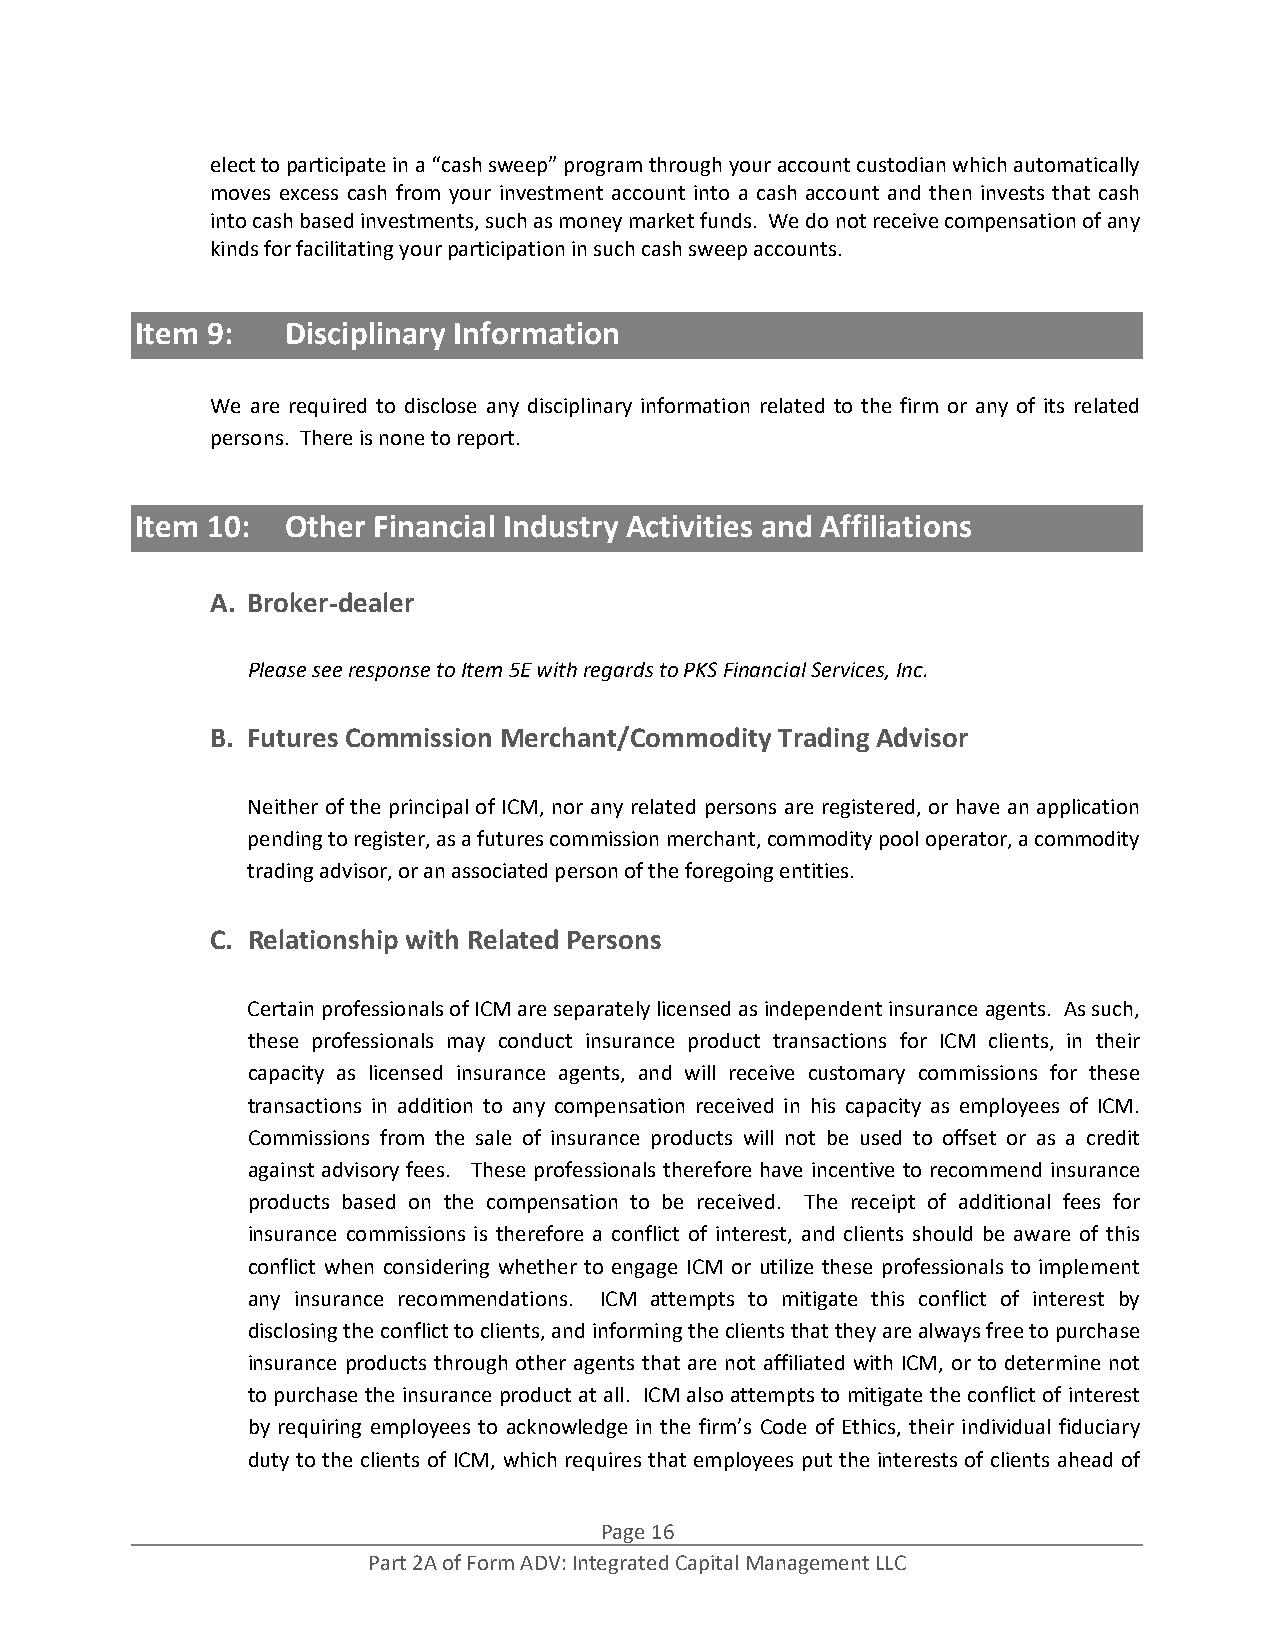
elect to participate in a “cash sweep” program through your account custodian which automatically
 moves excess cash from your investment account into a cash account and then invests that cash
 into cash based investments, such as money market funds. We do not receive compensation of any
 kinds for facilitating your participation in such cash sweep accounts.
 Item 9:   Disciplinary Information
 We are required to disclose any disciplinary information related to the firm or any of its related
 persons. There is none to report.
 Item 10:  Other Financial Industry Activities and Affiliations
 A. Broker‐dealer
 Please see response to Item 5E with regards to PKS Financial Services, Inc.
 B. Futures Commission Merchant/Commodity Trading Advisor
 Neither of the principal of ICM, nor any related persons are registered, or have an application
 pending to register, as a futures commission merchant, commodity pool operator, a commodity
 trading advisor, or an associated person of the foregoing entities.
 C. Relationship with Related Persons
 Certain professionals of ICM are separately licensed as independent insurance agents. As such,
 these professionals may conduct insurance product transactions for ICM clients, in their
 capacity as licensed insurance agents, and will receive customary commissions for these
 transactions in addition to any compensation received in his capacity as employees of ICM.
 Commissions from the sale of insurance products will not be used to offset or as a credit
 against advisory fees. These professionals therefore have incentive to recommend insurance
 products based on the compensation to be received. The receipt of additional fees for
 insurance commissions is therefore a conflict of interest, and clients should be aware of this
 conflict when considering whether to engage ICM or utilize these professionals to implement
 any insurance recommendations. ICM attempts to mitigate this conflict of interest by
 disclosing the conflict to clients, and informing the clients that they are always free to purchase
 insurance products through other agents that are not affiliated with ICM, or to determine not
 to purchase the insurance product at all. ICM also attempts to mitigate the conflict of interest
 by requiring employees to acknowledge in the firm’s Code of Ethics, their individual fiduciary
 duty to the clients of ICM, which requires that employees put the interests of clients ahead of
 Page 16
 Part 2A of Form ADV: Integrated Capital Management LLC